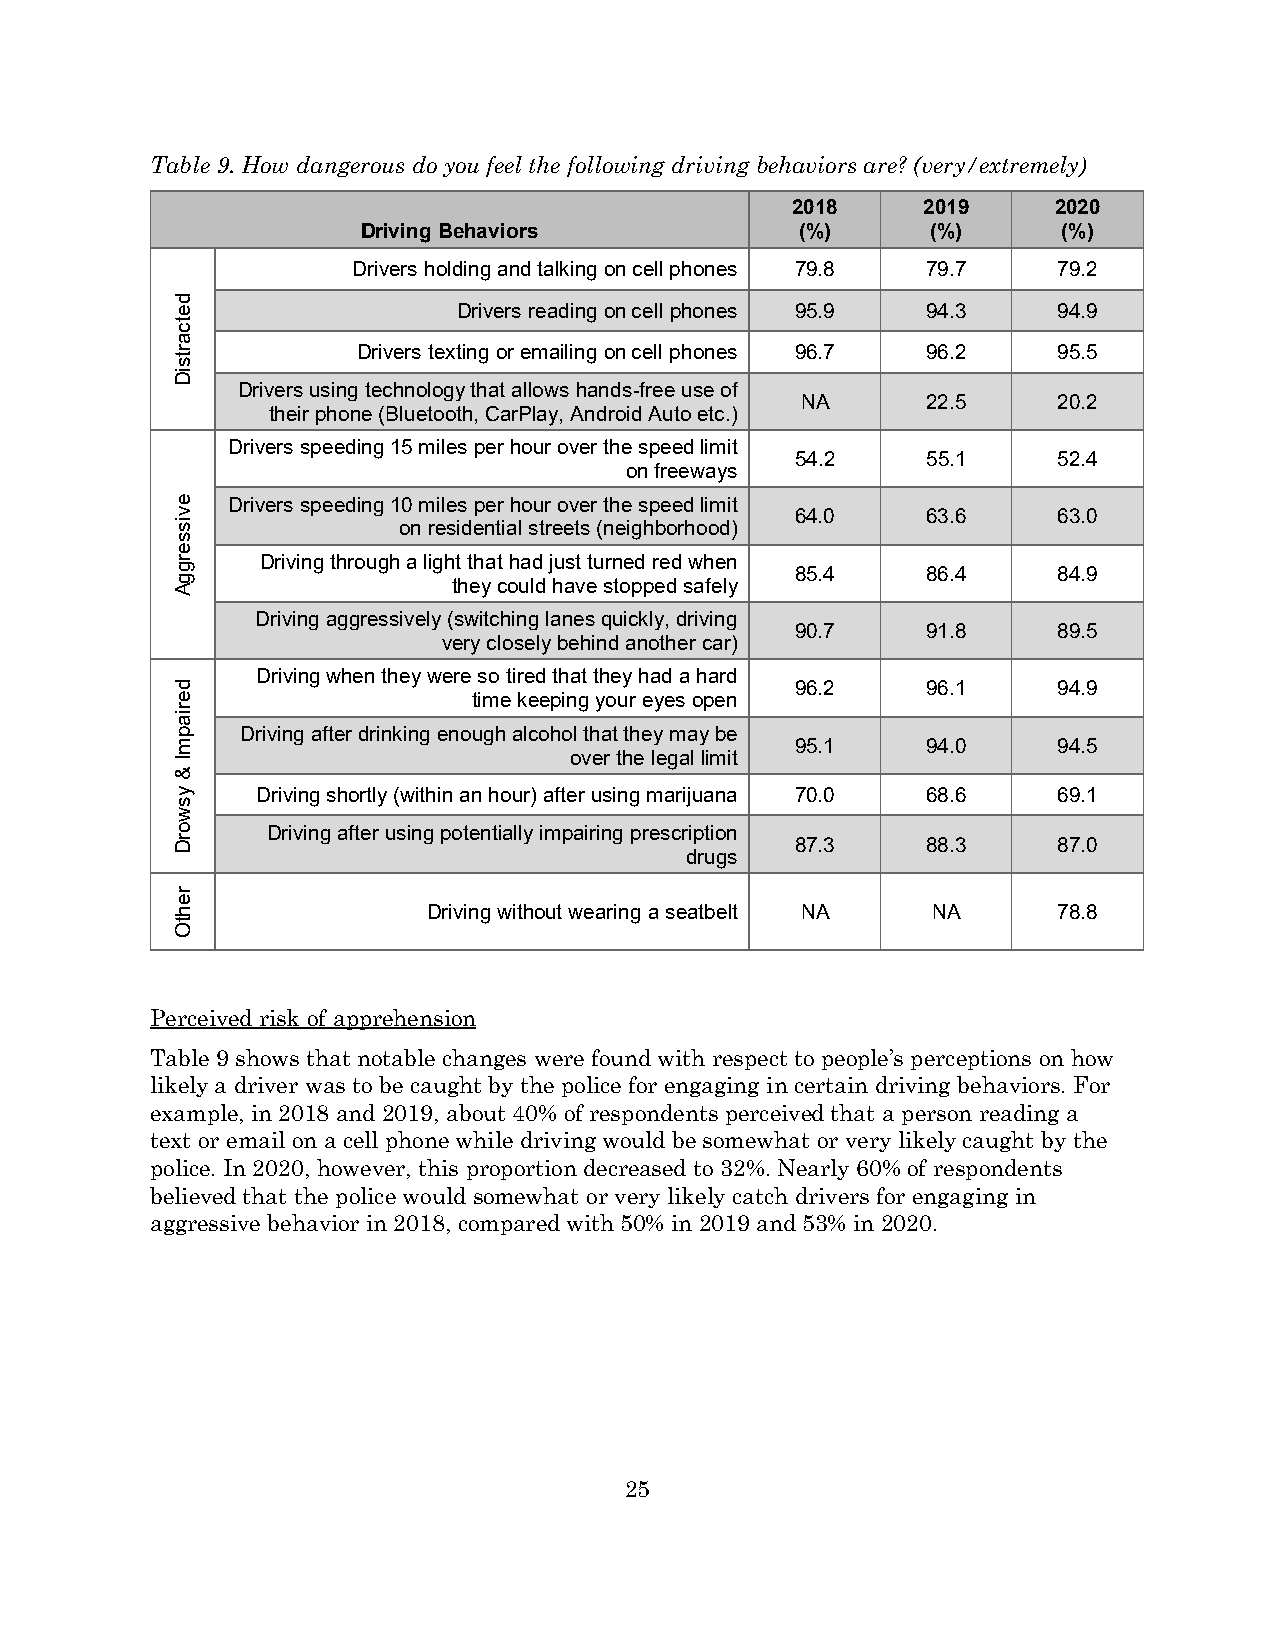
Table 9. How dangerous do you feel the following driving behaviors are? (very/extremely)
 2018     2019     2020
 Driving Behaviors            (%)      (%)     (%)
 Drivers holding and talking on cell phones 79.8 79.7 79.2
 Drivers reading on cell phones 95.9 94.3 94.9
 Drivers texting or emailing on cell phones 96.7 96.2 95.5
 Drivers using technology that allows hands-free use of
 NA      22.5     20.2
 their phone (Bluetooth, CarPlay, Android Auto etc.)
 Drivers speeding 15 miles per hour over the speed limit
 54.2    55.1     52.4
 on freeways
 Drivers speeding 10 miles per hour over the speed limit
 64.0    63.6     63.0
 on residential streets (neighborhood)
 Driving through a light that had just turned red when
 85.4    86.4     84.9
 they could have stopped safely
 Driving aggressively (switching lanes quickly, driving
 90.7    91.8     89.5
 very closely behind another car)
 Driving when they were so tired that they had a hard
 96.2    96.1     94.9
 time keeping your eyes open
 Driving after drinking enough alcohol that they may be
 95.1    94.0     94.5
 over the legal limit
 Driving shortly (within an hour) after using marijuana 70.0 68.6 69.1
 Driving after using potentially impairing prescription
 87.3    88.3     87.0
 drugs
 Driving without wearing a seatbelt NA NA  78.8
 Perceived risk of apprehension
 Table 9 shows that notable changes were found with respect to people’s perceptions on how
 likely a driver was to be caught by the police for engaging in certain driving behaviors. For
 example, in 2018 and 2019, about 40% of respondents perceived that a person reading a
 text or email on a cell phone while driving would be somewhat or very likely caught by the
 police. In 2020, however, this proportion decreased to 32%. Nearly 60% of respondents
 believed that the police would somewhat or very likely catch drivers for engaging in
 aggressive behavior in 2018, compared with 50% in 2019 and 53% in 2020.
 25
 detcartsiD
 evisserggA
 deriapmI
 &
 ysworD
 rehtO